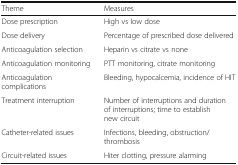
<table><thead><tr><td><b>Theme</b></td><td><b>Measures</b></td></tr></thead><tbody><tr><td>Dose prescription</td><td>High vs low dose</td></tr><tr><td>Dose delivery</td><td>Percentage of prescribed dose delivered</td></tr><tr><td>Anticoagulation selection</td><td>Heparin vs citrate vs none</td></tr><tr><td>Anticoagulation monitoring</td><td>PTT monitoring, citrate monitoring</td></tr><tr><td>Anticoagulation complications</td><td>Bleeding, hypocalcemia, incidence of HIT</td></tr><tr><td>Treatment interruption</td><td>Number of interruptions and duration of interruptions; time to establish new circuit</td></tr><tr><td>Catheter-related issues</td><td>Infections, bleeding, obstruction/thrombosis</td></tr><tr><td>Circuit-related issues</td><td>Hiter clotting, pressure alarming</td></tr></tbody></table>